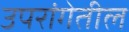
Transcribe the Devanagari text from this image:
उपरांगेतील